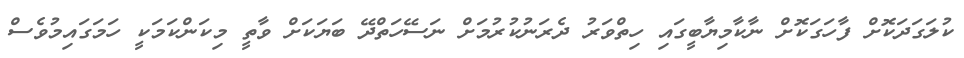
ކުލަގަދަކޮށް ފާހަގަކޮށް ނާކާމިޔާބީގައި ހިތްވަރު ދެރަނުކުރުމަށް ނަސޭހަތްދޭ ބަޔަކަށް ވާތީ މިކަންކަމަކީ ހަމަގައިމުވެސް